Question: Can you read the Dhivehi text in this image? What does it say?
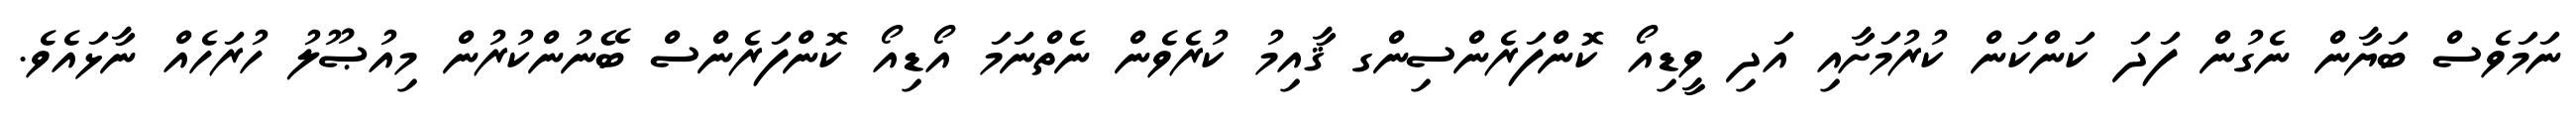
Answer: ނަމަވެސް ބަޔާން ނެގުން ފަދަ ކަންކަން ކުރުމަށާއި އަދި ވީޑިއޯ ކޮންފަރެންސިންގ ޤާއިމު ކުރެވެން ނެތްނަމަ އޯޑިއޯ ކޮންފަރެންސް ބޭނުންކުރުން މިއުޞޫލު ހުރަހެއް ނާޅައެވެ.